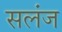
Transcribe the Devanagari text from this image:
सलंज